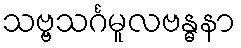
သဗ္ဗသင်္ဂမူလဗန္ဓနာ